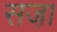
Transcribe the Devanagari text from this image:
सजा़